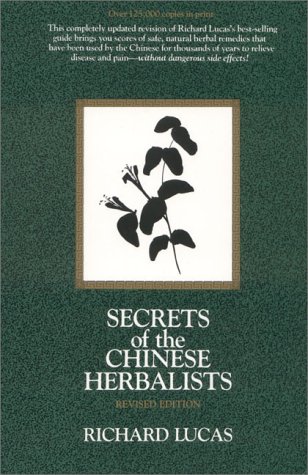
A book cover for Secrets of the Chinese Herbalists; Richard Lucas; Medical Books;